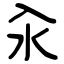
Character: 汆